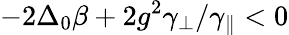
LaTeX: -2\Delta_{0}\beta+2g^{2}\gamma_{\perp}/\gamma_{\parallel}<0